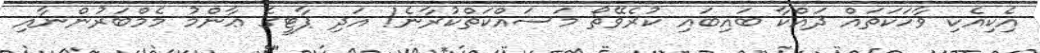
އެިކިއެކި ވާހަކަތައް ދައްކާ ބަައިބައި ކުރެވޭތޯ މަސައްކަތްކުރާނެ! އަދި ޕާޓީގެ ޢާންމު މެމްބަރުންނާއި